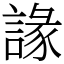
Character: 䛹